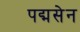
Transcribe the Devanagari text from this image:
पद्मसेन